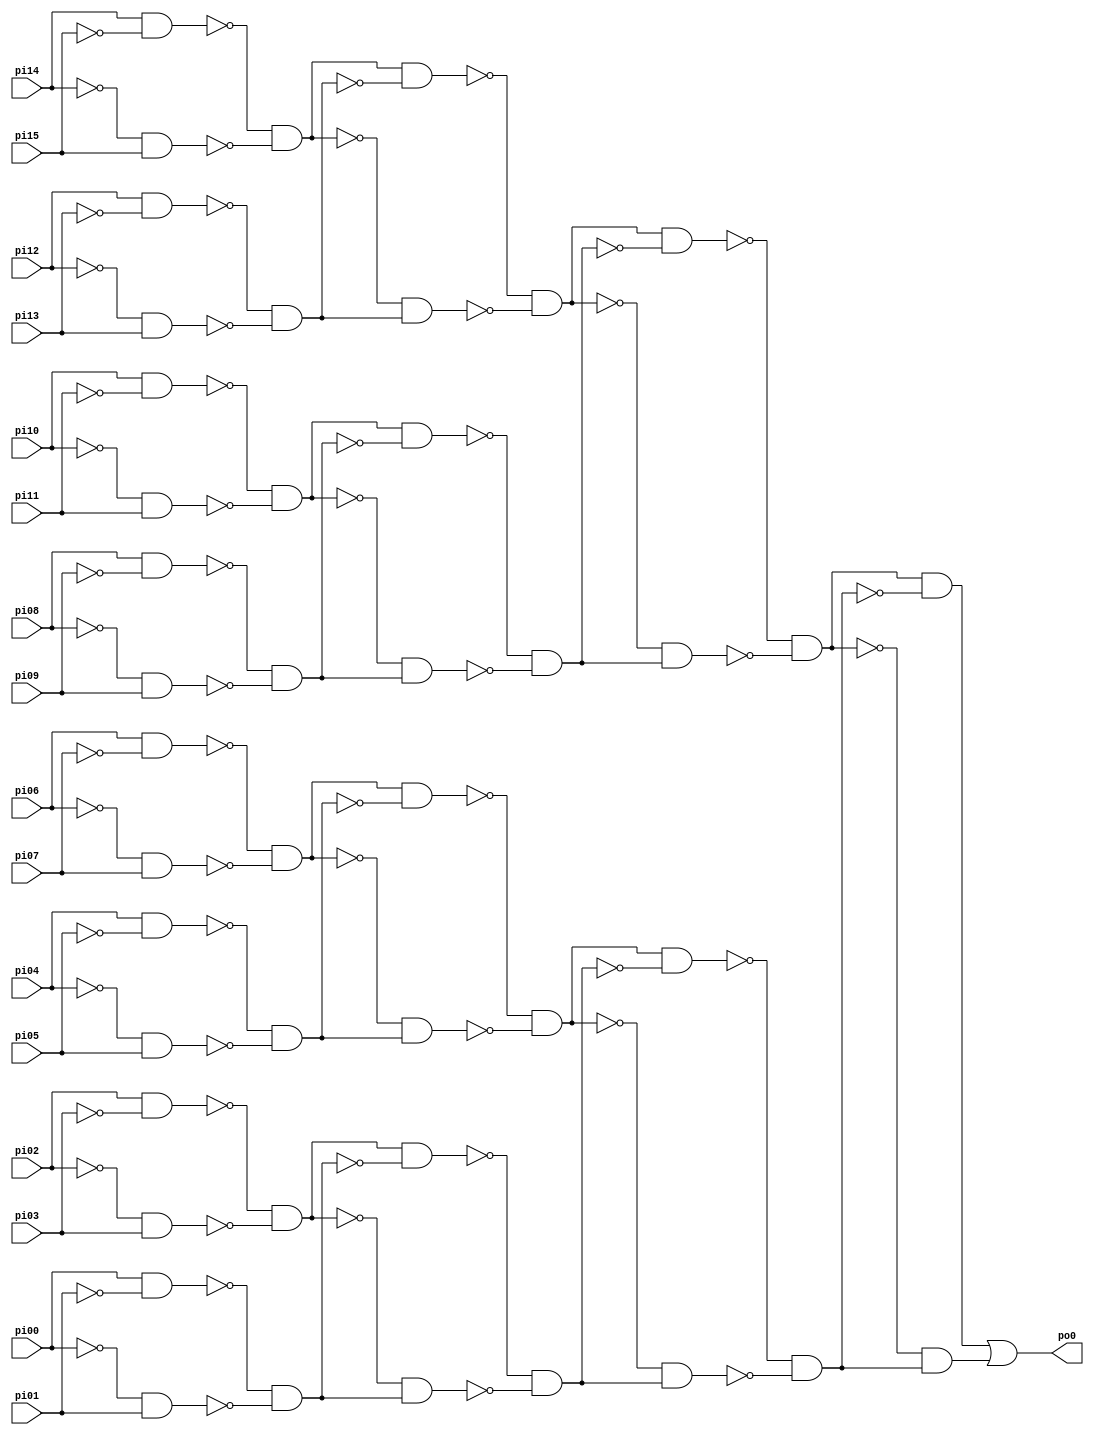
// Benchmark "PARITYFDS" written by ABC on Fri Mar  3 18:01:09 2017

module PARITYFDS ( 
    pi00, pi01, pi02, pi03, pi04, pi05, pi06, pi07, pi08, pi09, pi10, pi11,
    pi12, pi13, pi14, pi15,
    po0  );
  input  pi00, pi01, pi02, pi03, pi04, pi05, pi06, pi07, pi08, pi09,
    pi10, pi11, pi12, pi13, pi14, pi15;
  output po0;
  wire n19, n20, n21, n22, n23, n24, n25, n26, n27, n28, n29, n30, n31, n32,
    n33, n34, n35, n36, n37, n38, n39, n40, n41, n42, n43, n44, n45, n46,
    n47, n48, n49, n50, n51, n52, n53, n54, n55, n56, n57, n58, n59, n60,
    n61, n62;
  assign n19 = pi14 & ~pi15;
  assign n20 = ~pi14 & pi15;
  assign n21 = ~n19 & ~n20;
  assign n22 = pi12 & ~pi13;
  assign n23 = ~pi12 & pi13;
  assign n24 = ~n22 & ~n23;
  assign n25 = n21 & ~n24;
  assign n26 = ~n21 & n24;
  assign n27 = ~n25 & ~n26;
  assign n28 = pi10 & ~pi11;
  assign n29 = ~pi10 & pi11;
  assign n30 = ~n28 & ~n29;
  assign n31 = pi08 & ~pi09;
  assign n32 = ~pi08 & pi09;
  assign n33 = ~n31 & ~n32;
  assign n34 = n30 & ~n33;
  assign n35 = ~n30 & n33;
  assign n36 = ~n34 & ~n35;
  assign n37 = n27 & ~n36;
  assign n38 = ~n27 & n36;
  assign n39 = ~n37 & ~n38;
  assign n40 = pi06 & ~pi07;
  assign n41 = ~pi06 & pi07;
  assign n42 = ~n40 & ~n41;
  assign n43 = pi04 & ~pi05;
  assign n44 = ~pi04 & pi05;
  assign n45 = ~n43 & ~n44;
  assign n46 = n42 & ~n45;
  assign n47 = ~n42 & n45;
  assign n48 = ~n46 & ~n47;
  assign n49 = pi02 & ~pi03;
  assign n50 = ~pi02 & pi03;
  assign n51 = ~n49 & ~n50;
  assign n52 = pi00 & ~pi01;
  assign n53 = ~pi00 & pi01;
  assign n54 = ~n52 & ~n53;
  assign n55 = n51 & ~n54;
  assign n56 = ~n51 & n54;
  assign n57 = ~n55 & ~n56;
  assign n58 = n48 & ~n57;
  assign n59 = ~n48 & n57;
  assign n60 = ~n58 & ~n59;
  assign n61 = n39 & ~n60;
  assign n62 = ~n39 & n60;
  assign po0 = n61 | n62;
endmodule